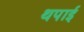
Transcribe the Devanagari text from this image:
थपाई